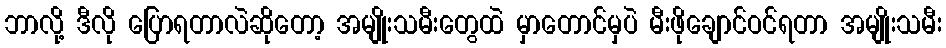
ဘာလို့ ဒီလို ပြောရတာလဲဆိုတော့ အမျိုးသမီးတွေထဲ မှာတောင်မှပဲ မီးဖိုချောင်ဝင်ရတာ အမျိုးသမီး